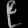
Digit: ၉